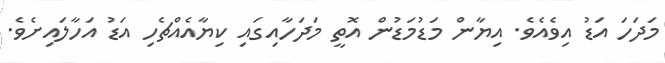
މަދަހަ އަޑު އިވެއެވެ. އިޔާން މަޑުމަޑުން އޮތީ މަދަހާއިގައި ކިޔާއެއްޗެހި އަޑު އަހާލައިށެވެ.